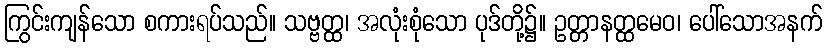
ကြွင်းကျန်သော စကားရပ်သည်။ သဗ္ဗတ္ထ၊ အလုံးစုံသော ပုဒ်တို့၌။ ဥတ္တာနတ္ထမေဝ၊ ပေါ်သောအနက်